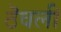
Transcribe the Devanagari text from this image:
ठॆवली